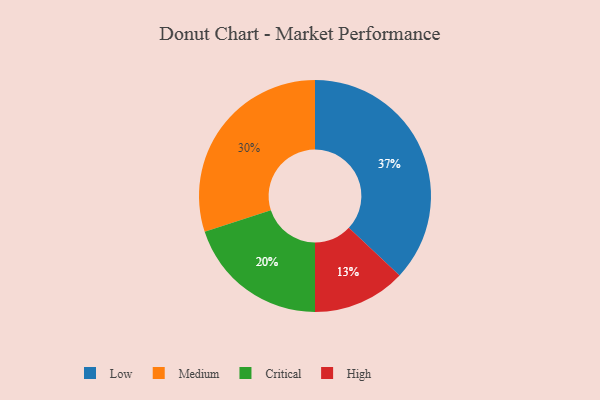
{"axis": {"x": "Category", "y": "Percentage"}, "legend": ["Critical", "High", "Low", "Medium"], "data": [{"x": "Medium", "y": 30, "type": "Medium"}, {"x": "Critical", "y": 20, "type": "Critical"}, {"x": "High", "y": 13, "type": "High"}, {"x": "Low", "y": 37, "type": "Low"}]}